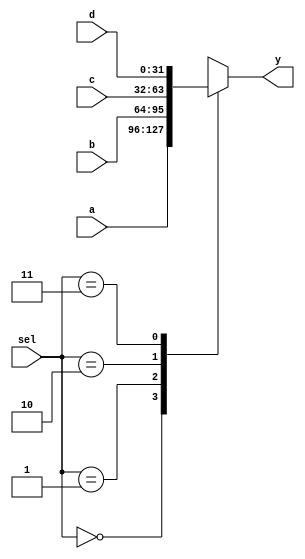
module mux4x1(input [1:0]sel, input [31:0]a, input [31:0]b, input [31:0]c, input [31:0]d, output reg [31:0]y);

    always@(*)begin
        case(sel)
        2'b00: y=a;
        2'b01: y=b;
        2'b10: y=c;
        2'b11: y=d;
        endcase
    end
    
endmodule